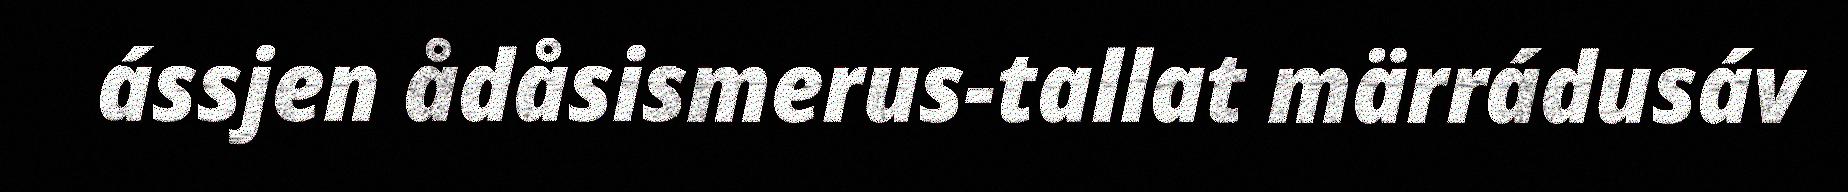
ássjen ådåsismerus-tallat märrádusáv